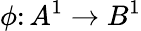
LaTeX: \phi\colon A^{1}\to B^{1}